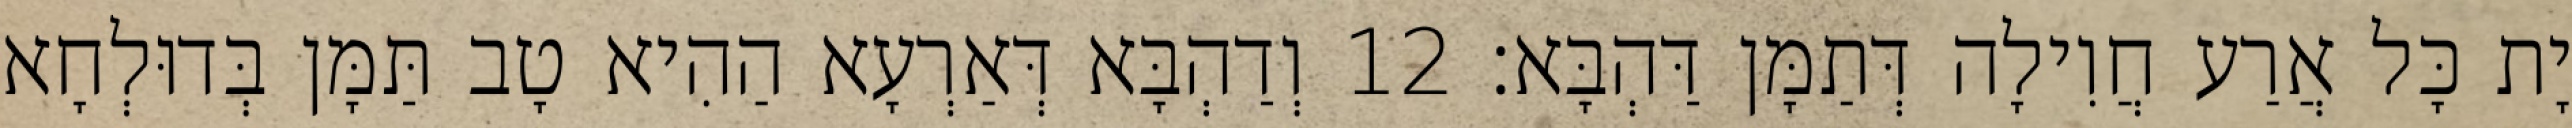
יָת כָּל אֲרַע חֲוִילָה דְּתַמָּן דַּהְבָּא׃ 12 וְדַהְבָּא דְּאַרְעָא הַהִיא טָב תַּמָּן בְּדוּלְחָא